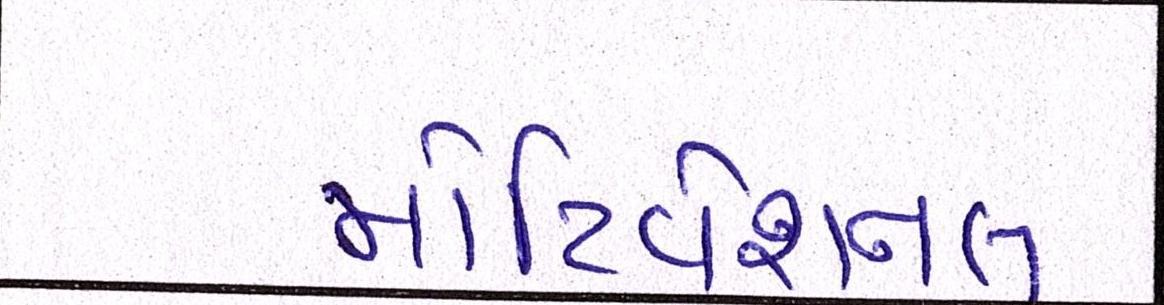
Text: મોટિવેશનલ